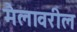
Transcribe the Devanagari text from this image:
मैलावरील